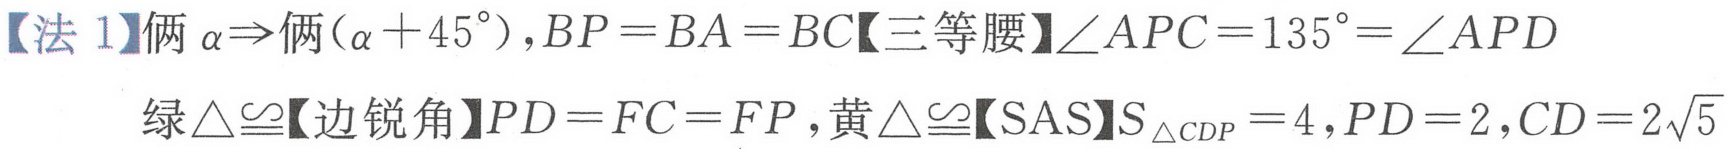
【法 1】俩\(\alpha\Rightarrow\)俩\((\alpha + 45^{\circ})\), \(BP = BA = BC\)【三等腰】\(\angle APC = 135^{\circ}=\angle APD\)
绿\(\triangle\cong\)【边锐角】\(PD = FC = FP\), 黄\(\triangle\cong\)【SAS】\(S_{\triangle CDP}=4\), \(PD = 2\), \(CD = 2\sqrt{5}\)